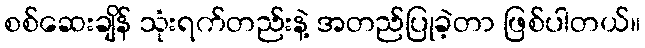
စစ်ဆေးချိန် သုံးရက်တည်းနဲ့ အတည်ပြုခဲ့တာ ဖြစ်ပါတယ်။